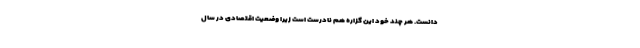
دانست. هر چند خود این گزاره هم نادرست است زیرا وضعیت اقتصادی در سال